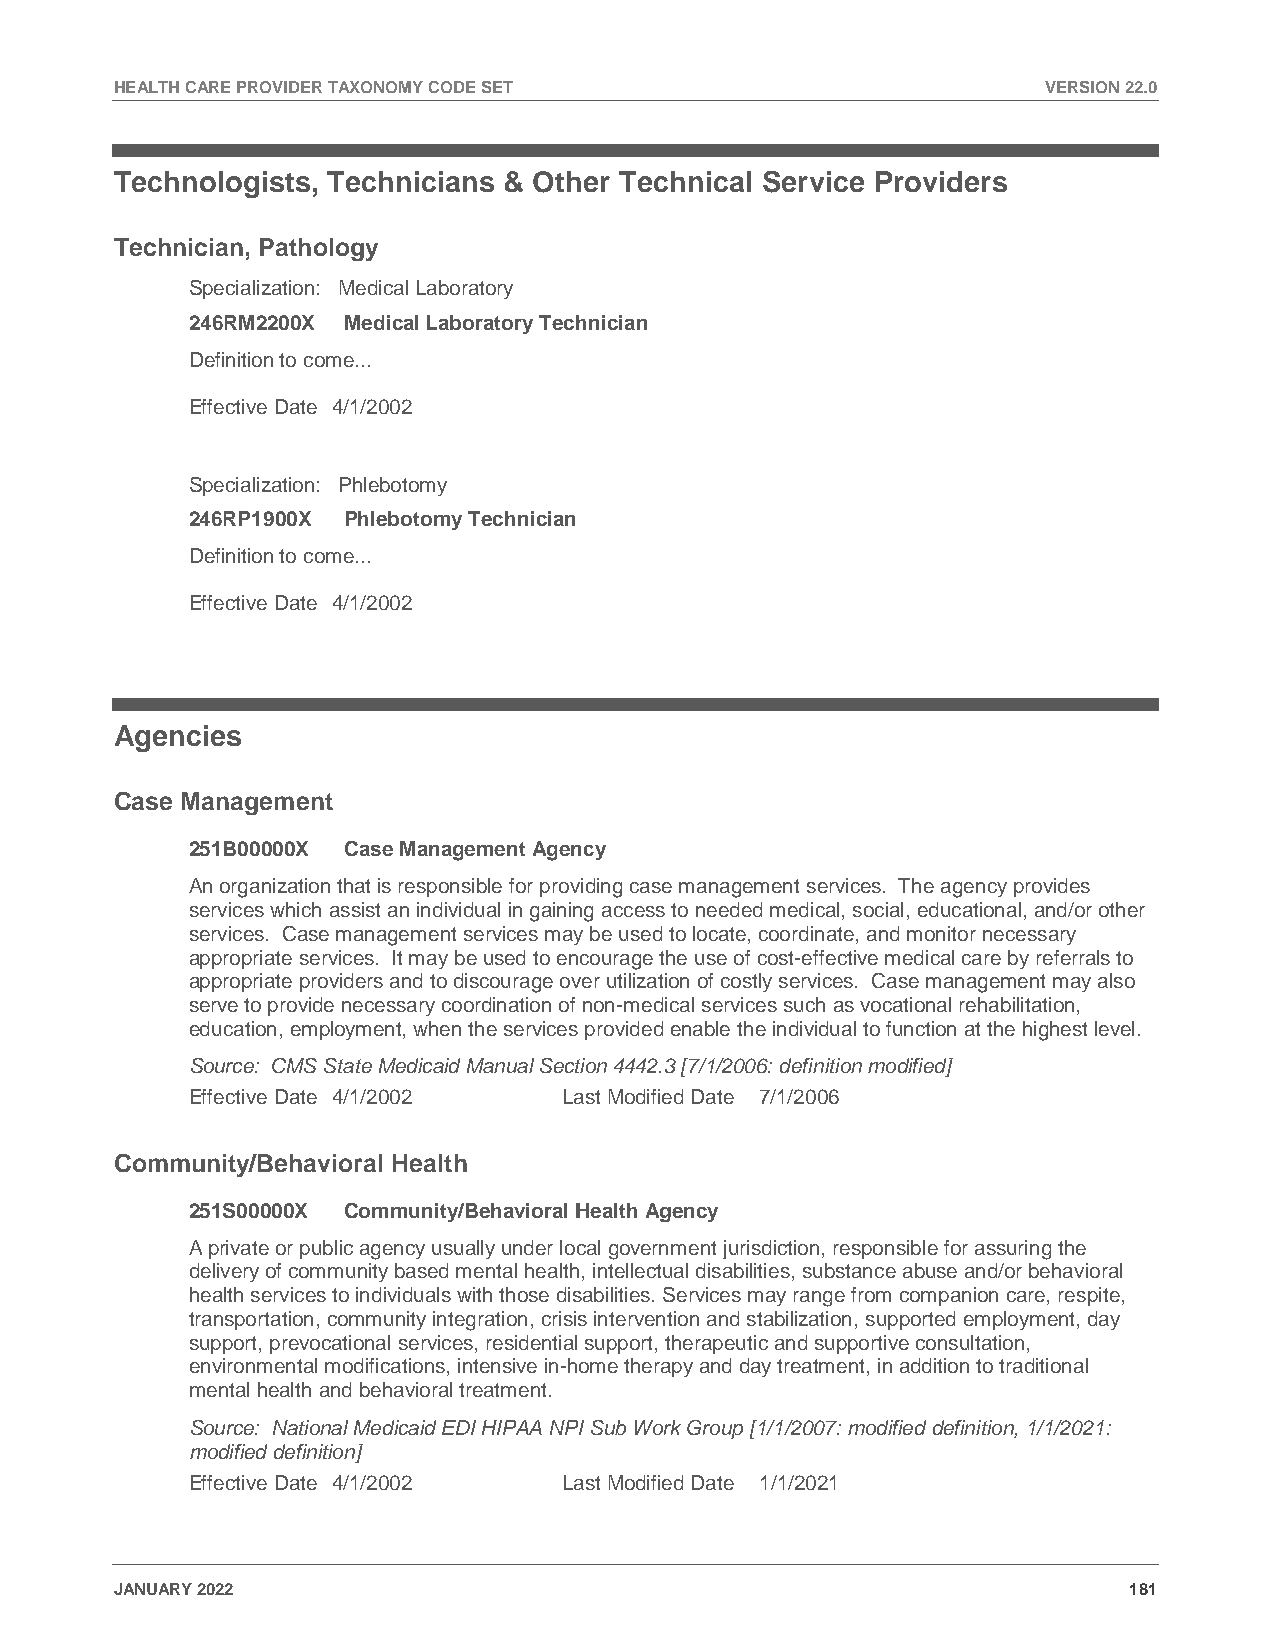
HEALTH CARE PROVIDER TAXONOMY CODE SET                       VERSION 22.0
 Technologists, Technicians & Other Technical Service Providers
 Technician, Pathology
 Specialization: Medical Laboratory
 246RM2200X Medical Laboratory Technician
 Definition to come...
 Effective Date 4/1/2002
 Specialization: Phlebotomy
 246RP1900X Phlebotomy Technician
 Definition to come...
 Effective Date 4/1/2002
 Agencies
 Case Management
 251B00000X Case Management Agency
 An organization that is responsible for providing case management services. The agency provides
 services which assist an individual in gaining access to needed medical, social, educational, and/or other
 services. Case management services may be used to locate, coordinate, and monitor necessary
 appropriate services. It may be used to encourage the use of cost-effective medical care by referrals to
 appropriate providers and to discourage over utilization of costly services. Case management may also
 serve to provide necessary coordination of non-medical services such as vocational rehabilitation,
 education, employment, when the services provided enable the individual to function at the highest level.
 Source: CMS State Medicaid Manual Section 4442.3 [7/1/2006: definition modified]
 Effective Date 4/1/2002  Last Modified Date 7/1/2006
 Community/Behavioral Health
 251S00000X Community/Behavioral Health Agency
 A private or public agency usually under local government jurisdiction, responsible for assuring the
 delivery of community based mental health, intellectual disabilities, substance abuse and/or behavioral
 health services to individuals with those disabilities. Services may range from companion care, respite,
 transportation, community integration, crisis intervention and stabilization, supported employment, day
 support, prevocational services, residential support, therapeutic and supportive consultation,
 environmental modifications, intensive in-home therapy and day treatment, in addition to traditional
 mental health and behavioral treatment.
 Source: National Medicaid EDI HIPAA NPI Sub Work Group [1/1/2007: modified definition, 1/1/2021:
 modified definition]
 Effective Date 4/1/2002  Last Modified Date 1/1/2021
 JANUARY 2022                                                       181